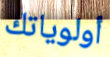
أولوياتك